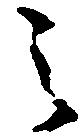
之